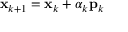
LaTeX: \mathbf { x } _ { k + 1 } = \mathbf { x } _ { k } + \alpha _ { k } \mathbf { p } _ { k }